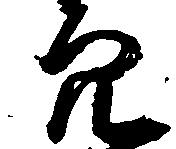
穴